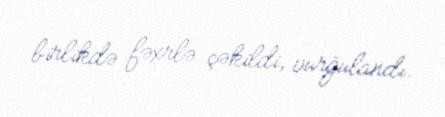
birlikdə fəxrlə çəkildi, vurğulandı.